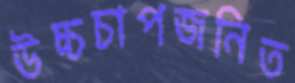
উচ্চচাপজনিত